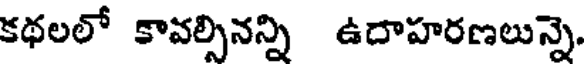
కథలలో కావల్సినన్ని ఉదాహరణలున్నె.